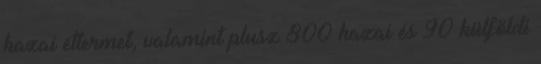
hazai éttermet, valamint plusz 800 hazai és 90 külföldi